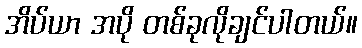
အိပ်ယာ အပို တစ်ခုလိုချင်ပါတယ်။